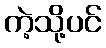
ကဲ့သို့ပင်